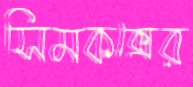
সিমকক্সের